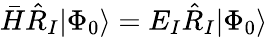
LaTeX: \bar{H}\hat{R}_{I}|\Phi_{0}\rangle=E_{I}\hat{R}_{I}|\Phi_{0}\rangle